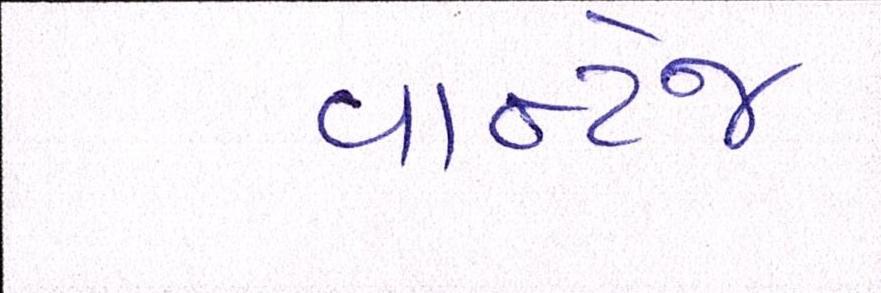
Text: વાન્ટેજ